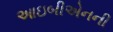
આઇબીએનની